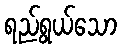
ရည်ရွယ်သော